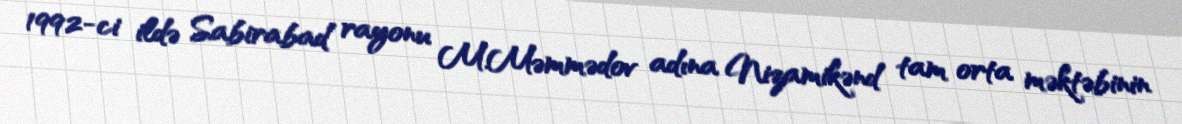
1992-ci ildə Sabirabad rayonu M.Məmmədov adına Nizamikənd tam orta məktəbinin